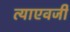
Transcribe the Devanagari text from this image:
त्याएवजी